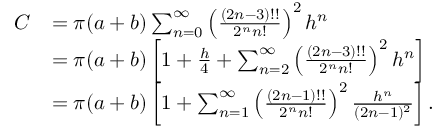
{ \begin{array} { r l } { C } & { = \pi ( a + b ) \sum _ { n = 0 } ^ { \infty } \left( { \frac { ( 2 n - 3 ) ! ! } { 2 ^ { n } n ! } } \right) ^ { 2 } h ^ { n } } \\ & { = \pi ( a + b ) \left[ 1 + { \frac { h } { 4 } } + \sum _ { n = 2 } ^ { \infty } \left( { \frac { ( 2 n - 3 ) ! ! } { 2 ^ { n } n ! } } \right) ^ { 2 } h ^ { n } \right] } \\ & { = \pi ( a + b ) \left[ 1 + \sum _ { n = 1 } ^ { \infty } \left( { \frac { ( 2 n - 1 ) ! ! } { 2 ^ { n } n ! } } \right) ^ { 2 } { \frac { h ^ { n } } { ( 2 n - 1 ) ^ { 2 } } } \right] . } \end{array} }